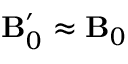
{ \mathbf B _ { 0 } ^ { \prime } \approx \mathbf B _ { 0 } }